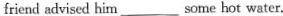
friend advised him___some hot water.